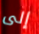
إلى